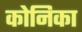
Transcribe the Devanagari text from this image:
कोनिका